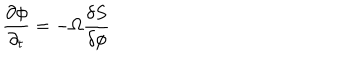
\frac { \partial \phi } { \partial _ { t } } = - \Omega \frac { \delta S } { \delta \phi }